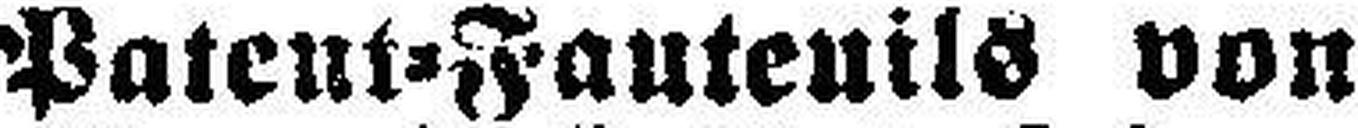
Patent=Fauteuils von